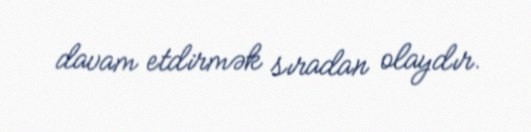
davam etdirmək sıradan olaydır.